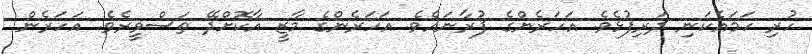
ހުރި ހަމައެކަނި ދަރިފުޅެވެ. އަހަރެންގެ ފުރާނައެވެ. އަހަރެންގެ މާޒީ އާކޮށްދޭ ތަސްވީރެވެ. އަހަރެން